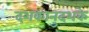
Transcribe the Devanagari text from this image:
दशकानुदशके